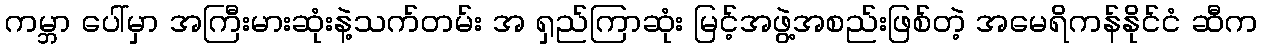
ကမ္ဘာ ပေါ်မှာ အကြီးမားဆုံးနဲ့သက်တမ်း အ ရှည်ကြာဆုံး မြင့်အဖွဲ့အစည်းဖြစ်တဲ့ အမေရိကန်နိုင်ငံ ဆီက